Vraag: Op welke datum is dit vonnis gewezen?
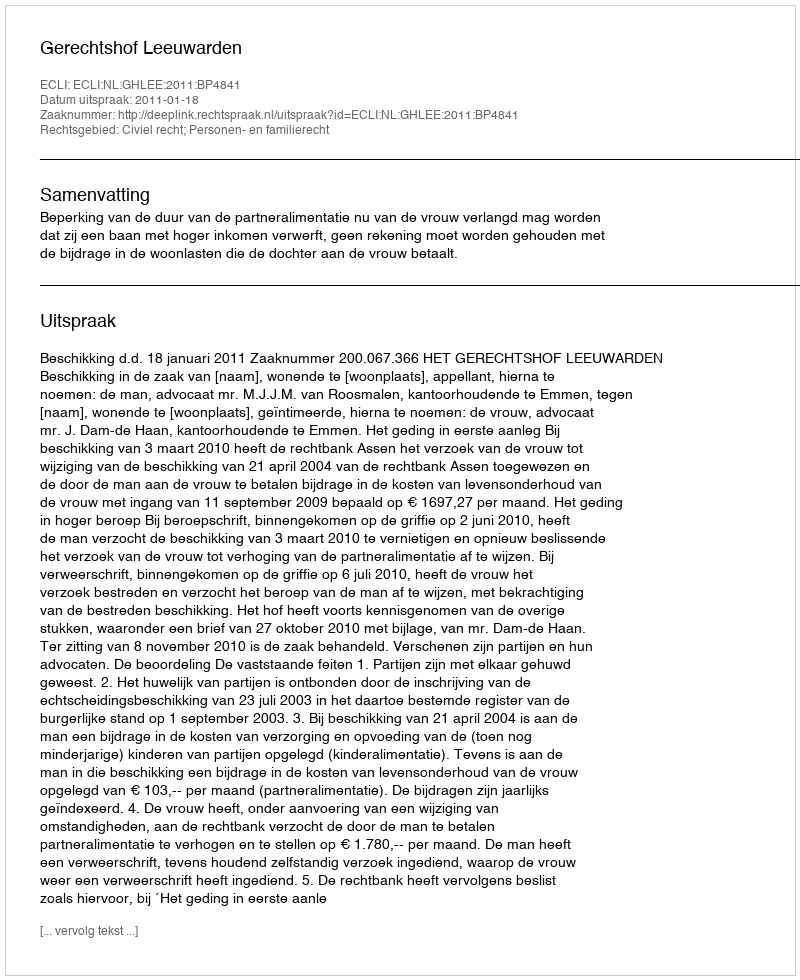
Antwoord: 2011-01-18